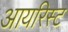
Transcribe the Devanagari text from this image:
आयरिस्ट